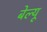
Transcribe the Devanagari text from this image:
बेल्यू